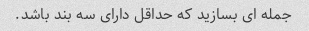
جمله ای بسازید که حداقل دارای سه بند باشد.